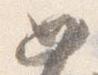
如